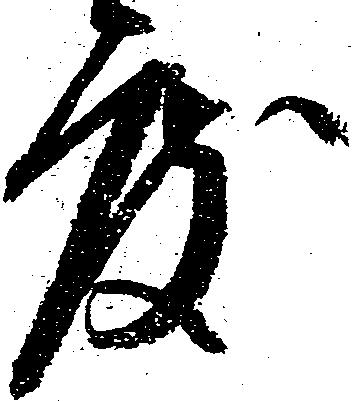
度